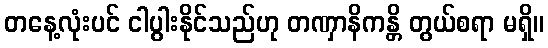
တနေ့လုံးပင် ငါပွါးနိုင်သည်ဟု တဏှာနိကန္တိ တွယ်စရာ မရှိ။